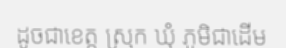
ដូចជាខេត្ត ស្រុក ឃុំ ភូមិជាដើម